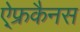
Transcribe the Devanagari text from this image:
ऐ्फ्रकैनस